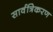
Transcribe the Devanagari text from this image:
सार्वत्रिकरण